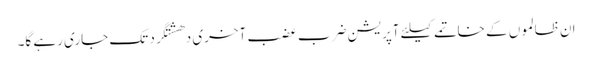
ان ظالموں کے خاتمے کیلئے آپریشن ضرب عضب آخری دھشتگرد تک جاری رہے گا۔